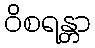
ဝိစရန္တာ